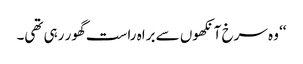
‘‘ وہ سرخ آنکھوں سے براہ راست گھور رہی تھی۔